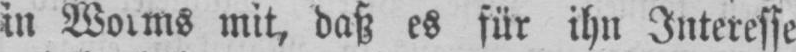
in Worms mit, daß es für ihn Interesse